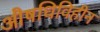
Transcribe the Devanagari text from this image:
औषधिविहीन